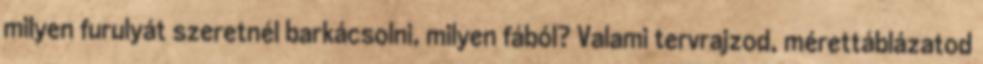
milyen furulyát szeretnél barkácsolni, milyen fából? Valami tervrajzod, mérettáblázatod